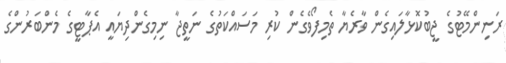
ރަނިންމޭޓުގެ ޖީބުކޮޅާލައިގެން ވާރެޔާ ތެމިފޯވެގެން ކުރި މަސައްކަތުގެ ނަތީޖާ ނިމިގެންދިޔައީ އެޕާޓީގެ މެންބަރުންގެ